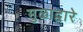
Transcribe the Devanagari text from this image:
मुळाद्वारे